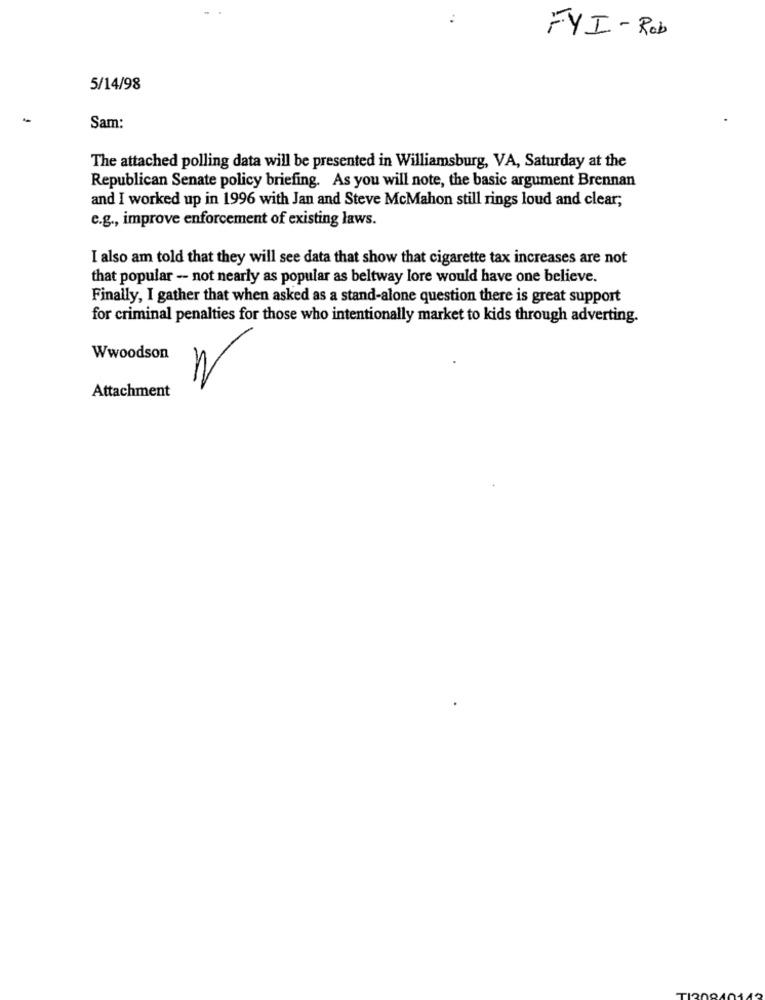
..
FYI- Rob
5/14/98
Sam:
The attached polling data will be presented in Williamsburg, VA, Saturday at the
Republican Senate policy briefing. As you will note, the basic argument Brennan
and I worked up in 1996 with Jan and Steve McMahon still rings loud and clear;
e.g ., improve enforcement of existing laws.
I also am told that they will see data that show that cigarette tax increases are not
that popular -- not nearly as popular as beltway lore would have one believe.
Finally, I gather that when asked as a stand-alone question there is great support
for criminal penalties for those who intentionally market to kids through adverting.
Wwoodson
Attachment